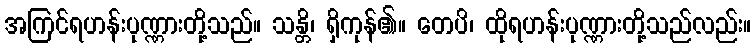
အကြင်ရဟန်းပုဏ္ဏားတို့သည်။ သန္တိ၊ ရှိကုန်၏။ တေပိ၊ ထိုရဟန်းပုဏ္ဏားတို့သည်လည်း။